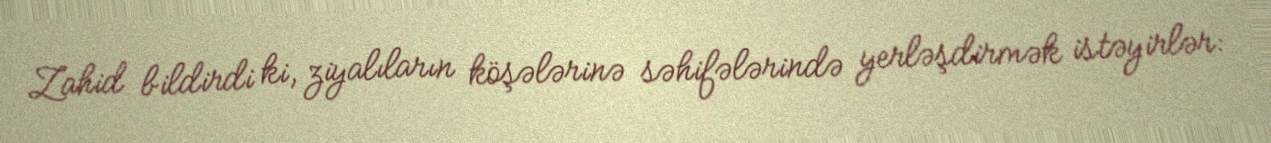
Zahid bildirdi ki, ziyalıların köşələrinə səhifələrində yerləşdirmək istəyirlər: